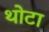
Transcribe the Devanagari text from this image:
थोटा